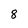
Character: 8